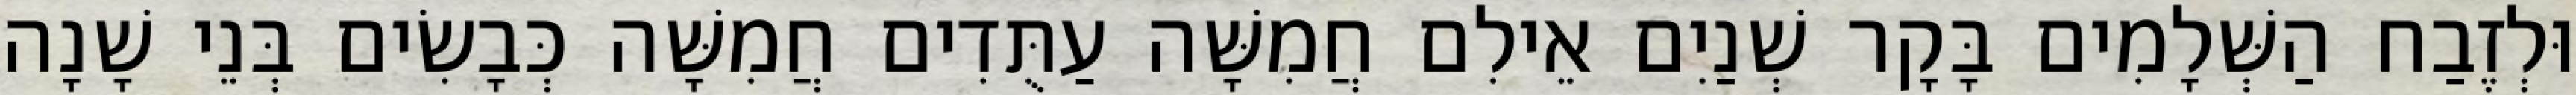
וּלְזֶבַח הַשְּׁלָמִים בָּקָר שְׁנַיִם אֵילִם חֲמִשָּׁה עַתֻּדִים חֲמִשָּׁה כְּבָשִׂים בְּנֵי שָׁנָה